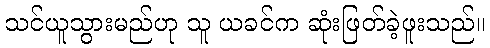
သင်ယူသွားမည်ဟု သူ ယခင်က ဆုံးဖြတ်ခဲ့ဖူးသည်။